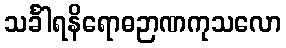
သင်္ခါရနိရောဓဉာဏကုသလော